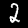
Digit: 2